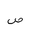
Letter: _sad